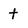
Character: t